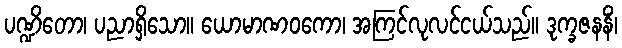
ပဏ္ဍိတော၊ ပညာရှိသော။ ယောမာဏဝကော၊ အကြင်လုလင်ငယ်သည်။ ဒုက္ခဇနနိံ၊